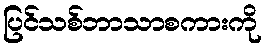
ပြင်သစ်ဘာသာစကားကို